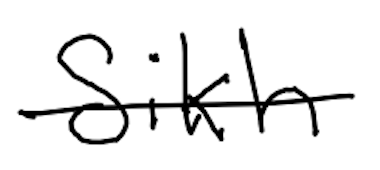
Text: Sikh
Cross-out: single-line
Writing tool: digital_black